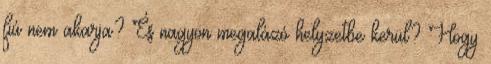
fiú nem akarja? És nagyon megalázó helyzetbe kerül? Hogy